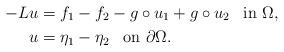
LaTeX: \begin{align*}-L u & = f_1 -f_2 - g\circ u_1 + g\circ u_2 \,\,\,\,\,\mbox{in}\,\, \Omega, \\u & = \eta_1 -\eta_2 \,\,\,\,\,\mbox{on}\,\, \partial\Omega.\end{align*}